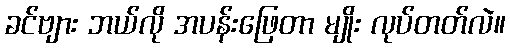
ခင်ဗျား ဘယ်လို အပန်းဖြေတာ မျိုး လုပ်တတ်လဲ။